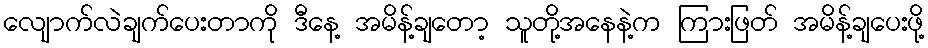
လျောက်လဲချက်ပေးတာကို ဒီနေ့ အမိန့်ချတော့ သူတို့အနေနဲ့က ကြားဖြတ် အမိန့်ချပေးဖို့